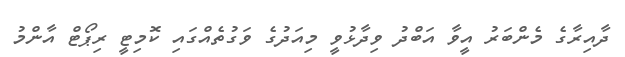
ދާއިރާގެ މެންބަރު އީވާ އަބްދު ވިދާޅުވީ މިއަދުގެ ވަގުތެއްގައި ކޮމިޓީ ރިޕޯޓް އާންމު